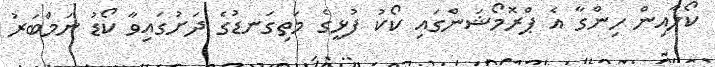
ކޯލާއިން ހިންގާ އެ ޕްރޮމޯޝަންގައި ކޯކު ފުޅީގެ މަތިގަނޑުގެ ދަށުގައިވާ ކޯޑު ނަމްބަރު